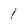
Character: 1